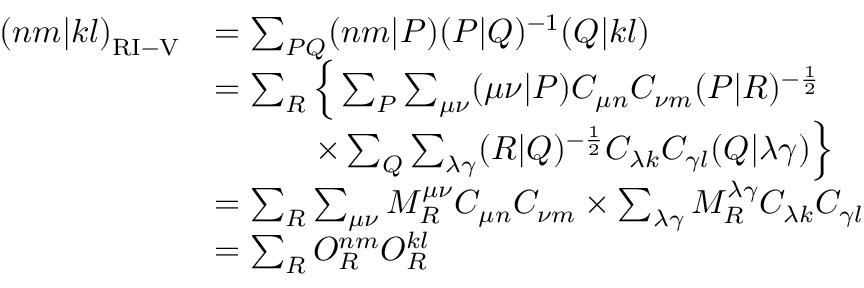
\begin{array} { r l } { { ( n m | k l ) } _ { \mathrm { R I - V } } } & { = \sum _ { P Q } ( n m | P ) ( P | Q ) ^ { - 1 } ( Q | k l ) } \\ & { = \sum _ { R } \Big \{ \sum _ { P } \sum _ { \mu \nu } ( \mu \nu | P ) C _ { \mu n } C _ { \nu m } ( P | R ) ^ { - \frac { 1 } { 2 } } } \\ & { \qquad \quad \times \sum _ { Q } \sum _ { \lambda \gamma } ( R | Q ) ^ { - \frac { 1 } { 2 } } C _ { \lambda k } C _ { \gamma l } ( Q | \lambda \gamma ) \Big \} } \\ & { = \sum _ { R } \sum _ { \mu \nu } M _ { R } ^ { \mu \nu } C _ { \mu n } C _ { \nu m } \times \sum _ { \lambda \gamma } M _ { R } ^ { \lambda \gamma } C _ { \lambda k } C _ { \gamma l } } \\ & { = \sum _ { R } O _ { R } ^ { n m } O _ { R } ^ { k l } } \end{array}